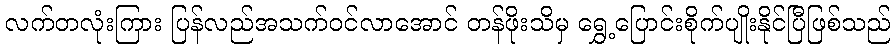
လက်တလုံးကြား ပြန်လည်အသက်ဝင်လာအောင် တန်ဖိုးသိမှ ရွှေ့ပြောင်းစိုက်ပျိုးနိုင်ပြီဖြစ်သည်